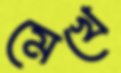
মেখে